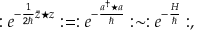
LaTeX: : e ^ { - \frac { 1 } { 2 \hbar } \bar { z } \star z } : = : e ^ { - \frac { a ^ { \dagger } \star a } { \hbar } } : \sim : e ^ { - \frac { H } { \hbar } } : ,